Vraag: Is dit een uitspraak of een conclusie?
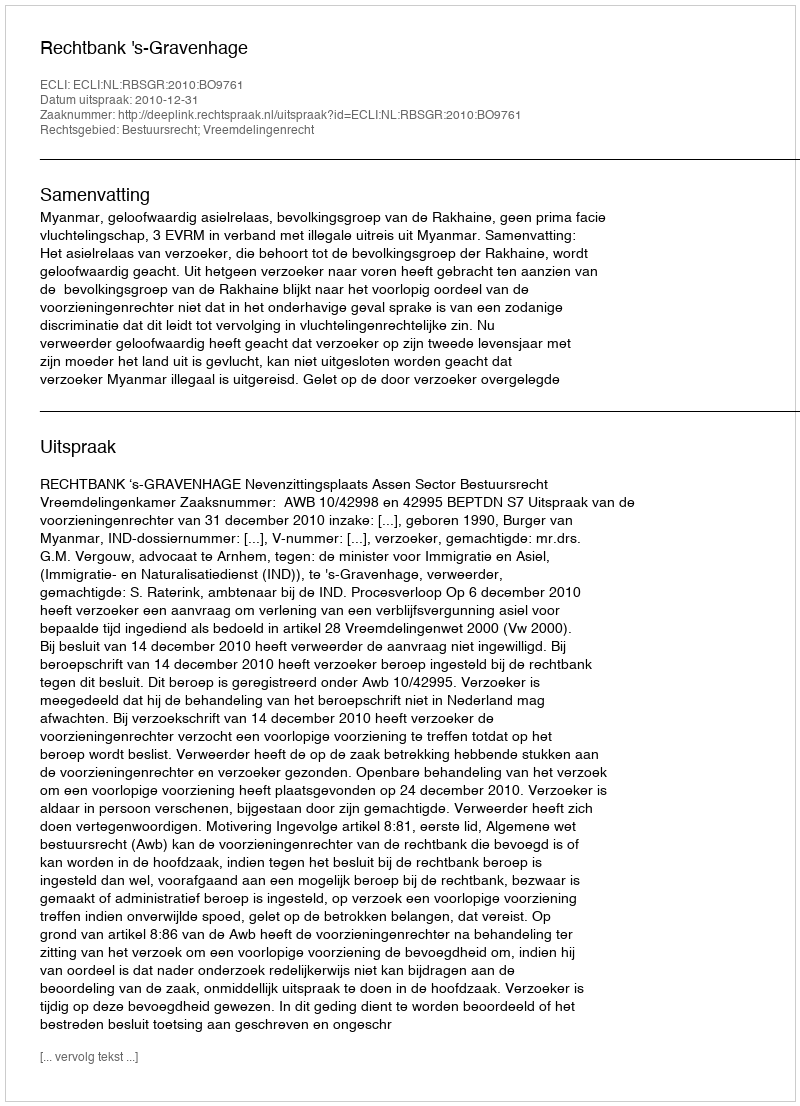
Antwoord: Uitspraak